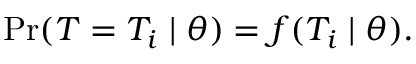
\operatorname* { P r } ( T = T _ { i } \mid \theta ) = f ( T _ { i } \mid \theta ) .